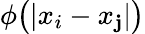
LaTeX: \phi\big(|x_{i}-x_{\mathbf{j}}|\big)